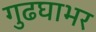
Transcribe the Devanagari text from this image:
गुढघाभर